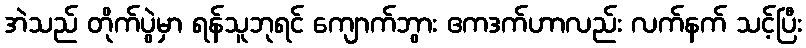
အဲသည် တိုက်ပွဲမှာ ရန်သူဘုရင် ကျောက်ဘွား ဧကဒက်ဟာလည်း လက်နက် သင့်ပြီး